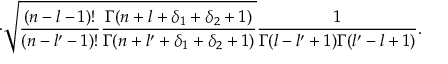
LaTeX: \cdot \sqrt { \frac { ( n - l - 1 ) ! } { ( n - l ^ { \prime } - 1 ) ! } \frac { \Gamma ( n + l + \delta _ { 1 } + \delta _ { 2 } + 1 ) } { \Gamma ( n + l ^ { \prime } + \delta _ { 1 } + \delta _ { 2 } + 1 ) } } \frac { 1 } { \Gamma ( l - l ^ { \prime } + 1 ) \Gamma ( l ^ { \prime } - l + 1 ) } .